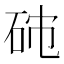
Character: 𥑯